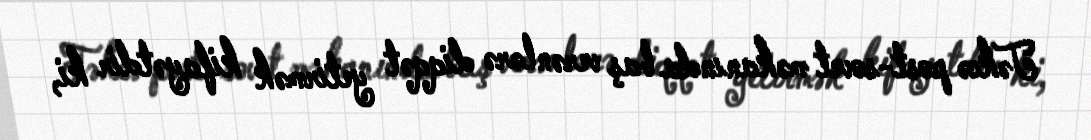
Təkcə post-sovet məkanında baş verənlərə diqqət yetirmək kifayətdir ki,